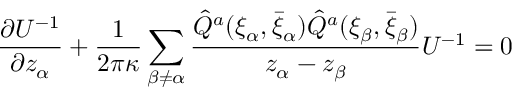
\frac { \partial U ^ { - 1 } } { \partial z _ { \alpha } } + \frac { 1 } { 2 \pi \kappa } \sum _ { \beta \neq \alpha } \frac { \hat { Q } ^ { a } ( \xi _ { \alpha } , \bar { \xi } _ { \alpha } ) \hat { Q } ^ { a } ( \xi _ { \beta } , \bar { \xi } _ { \beta } ) } { z _ { \alpha } - z _ { \beta } } U ^ { - 1 } = 0